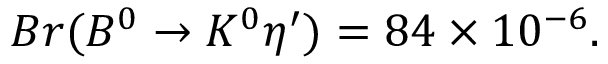
B r ( B ^ { 0 } \to K ^ { 0 } \eta ^ { \prime } ) = 8 4 \times 1 0 ^ { - 6 } .